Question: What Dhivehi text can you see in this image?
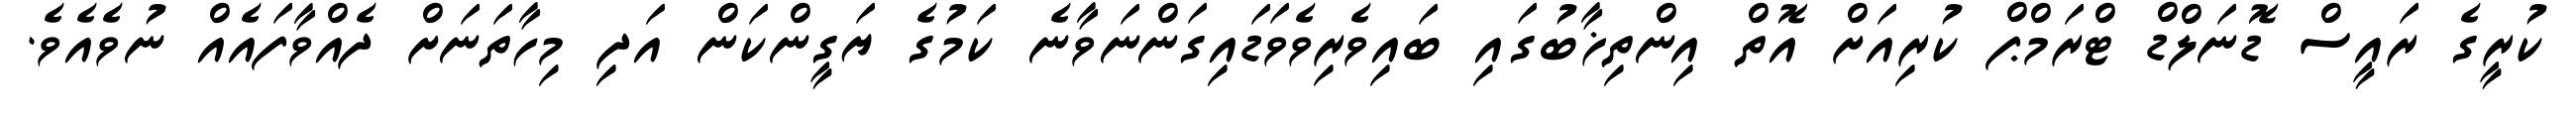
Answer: ކުރީގެ ރައީސް ޑޮނަލްޑް ޓްރަމްޕް ކުރިއަށް އޮތް އިންތިޚާބުގައި ބައިވެރިވެވަޑައިގަންނަވާނެ ކަމުގެ ޔަގީންކަން އަދި މިހާތަނަށް ދެއްވާފައެއް ނުވެއެވެ.